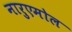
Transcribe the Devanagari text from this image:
नारुएमोल